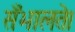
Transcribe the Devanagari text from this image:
सँभालते।